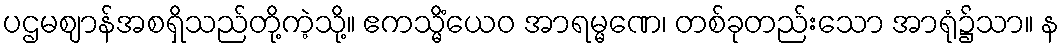
ပဌမဈာန်အစရှိသည်တို့ကဲ့သို့။ ဧကသ္မိံယေဝ အာရမ္မဏေ၊ တစ်ခုတည်းသော အာရုံ၌သာ။ န